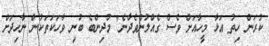
ކުރަން ހިތު އަޅާ މީހާއަށް ވެސް ގެއްލުންވެދާނެ" މުދިންބެ ބުނި ވާހަކަތަކުން ނާހިދަށް